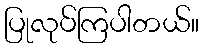
ပြုလုပ်ကြပါတယ်။